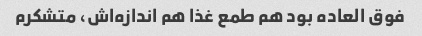
فوق العاده بود هم طمع غذا هم اندازه‌اش، متشکرم